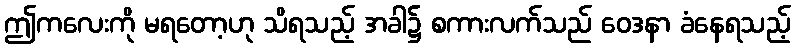
ဤကလေးကို မရတော့ဟု သိရသည့် အခါ၌ စကားလက်သည် ဝေဒနာ ခံနေရသည့်